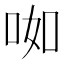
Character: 𱒥